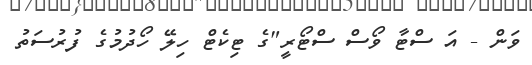
ވަން - އަ ސްޓާ ވޯސް ސްޓޯރީ"ގެ ޓިކެޓް ހިލޭ ހޯދުމުގެ ފުރުސަތު